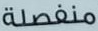
منفصلة